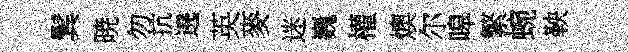
鬂暁勿抗遶英麥迷巍權燠尔嗥繁蜿鞅